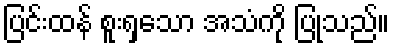
ပြင်းထန် စူးရှသော အသံကို ပြုသည်။